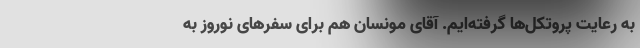
به رعایت پروتکل‌ها گرفته‌ایم. آقای مونسان هم برای سفرهای نوروز به